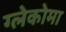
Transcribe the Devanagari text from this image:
ग्लेकोमा